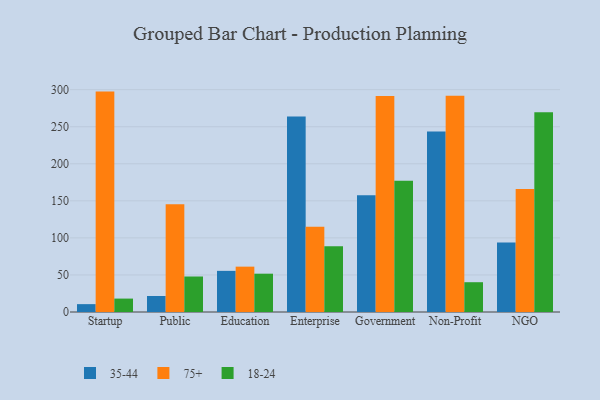
{"axis": {"x": "Segment", "y": "Backlog"}, "legend": ["18-24", "35-44", "75+"], "data": [{"x": "Startup", "y": 10.6, "type": "35-44"}, {"x": "Startup", "y": 297.4, "type": "75+"}, {"x": "Startup", "y": 18.1, "type": "18-24"}, {"x": "Public", "y": 21.6, "type": "35-44"}, {"x": "Public", "y": 145.3, "type": "75+"}, {"x": "Public", "y": 47.9, "type": "18-24"}, {"x": "Education", "y": 55.5, "type": "35-44"}, {"x": "Education", "y": 61.2, "type": "75+"}, {"x": "Education", "y": 51.7, "type": "18-24"}, {"x": "Enterprise", "y": 263.7, "type": "35-44"}, {"x": "Enterprise", "y": 115.0, "type": "75+"}, {"x": "Enterprise", "y": 88.8, "type": "18-24"}, {"x": "Government", "y": 157.7, "type": "35-44"}, {"x": "Government", "y": 291.3, "type": "75+"}, {"x": "Government", "y": 177.0, "type": "18-24"}, {"x": "Non-Profit", "y": 243.6, "type": "35-44"}, {"x": "Non-Profit", "y": 291.9, "type": "75+"}, {"x": "Non-Profit", "y": 40.2, "type": "18-24"}, {"x": "NGO", "y": 93.7, "type": "35-44"}, {"x": "NGO", "y": 166.1, "type": "75+"}, {"x": "NGO", "y": 269.4, "type": "18-24"}]}